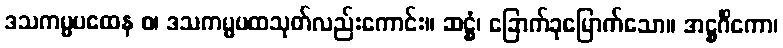
ဒသကမ္မပထေန စ၊ ဒသကမ္မပထသုတ်လည်းကောင်း။ ဆဋ္ဌံ၊ ခြောက်ခုမြောက်သော။ အဋ္ဌင်္ဂိကော၊